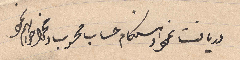
دريافت ... حساب محرب ...